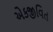
એકજીવિત